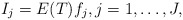
\begin{align*}I_j = E(T) f_j, j=1, \ldots, J,\end{align*}